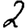
Digit: 2